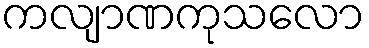
ကလျာဏကုသလော